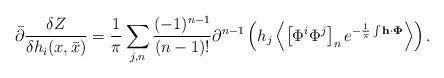
LaTeX: \begin{align*}\bar{\partial }\frac{\delta Z}{\delta h_i(x,\bar{x})}=\frac{1}{\pi}\sum_{j,n}^{}\frac{(-1)^{n-1}}{(n-1)!}\partial ^{n-1}\left(h_j\left<\left[\Phi^i\Phi ^j\right] _ne^{-\frac{1}{\pi }\int {\bf h \cdot\Phi}}\right>\right).\end{align*}